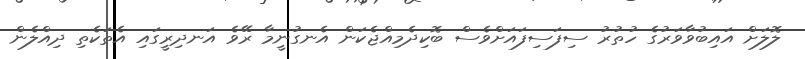
ލޮލަށް އައިބުވާވަރުގެ ހުތުރު ސިފަސިފައަށްވެސް ބޮކިދެމިއްޖެކަން އެނގުނީމާ ރޭވެ އަނދިރީގައި އެތަކެތި ދިއްލެން